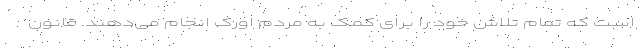
است که تمام تلاش خود را برای کمک به مردم اورک انجام می‌دهند. قانون